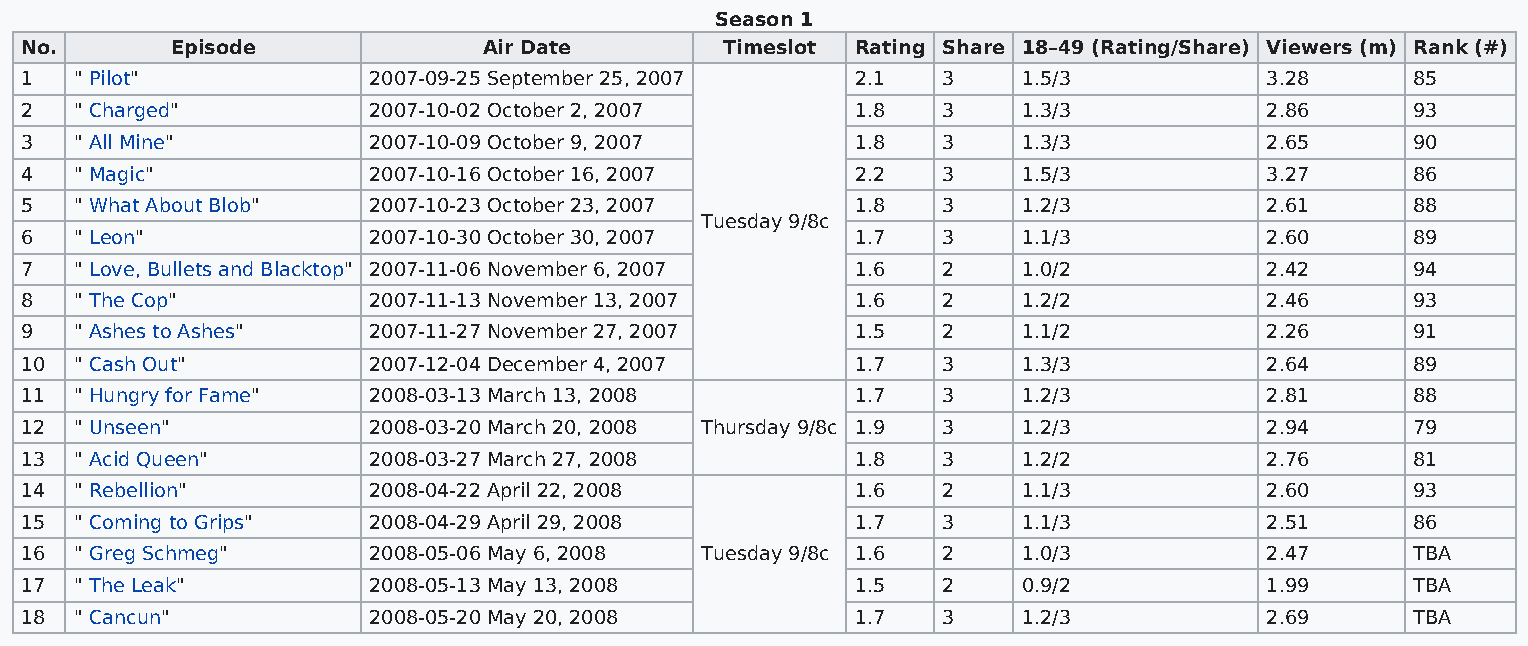
Season 1
 No.       Episode              Air Date        Timeslot Rating Share 18–49 (Rating/Share) Viewers (m) Rank (#)
 1   " Pilot"           2007-09-25 September 25, 2007    2.1  3     1.5/3           3.28      85
 2   " Charged"         2007-10-02 October 2, 2007       1.8  3     1.3/3           2.86      93
 3   " All Mine"        2007-10-09 October 9, 2007       1.8  3     1.3/3           2.65      90
 4   " Magic"           2007-10-16 October 16, 2007      2.2  3     1.5/3           3.27      86
 5   " What About Blob" 2007-10-23 October 23, 2007      1.8  3     1.2/3           2.61      88
 Tuesday 9/8c
 6   " Leon"            2007-10-30 October 30, 2007      1.7  3     1.1/3           2.60      89
 7   " Love, Bullets and Blacktop" 2007-11-06 November 6, 2007 1.6 2 1.0/2          2.42      94
 8   " The Cop"         2007-11-13 November 13, 2007     1.6  2     1.2/2           2.46      93
 9   " Ashes to Ashes"  2007-11-27 November 27, 2007     1.5  2     1.1/2           2.26      91
 10  " Cash Out"        2007-12-04 December 4, 2007      1.7  3     1.3/3           2.64      89
 11  " Hungry for Fame" 2008-03-13 March 13, 2008        1.7  3     1.2/3           2.81      88
 12  " Unseen"          2008-03-20 March 20, 2008 Thursday 9/8c 1.9 3 1.2/3         2.94      79
 13  " Acid Queen"      2008-03-27 March 27, 2008        1.8  3     1.2/2           2.76      81
 14  " Rebellion"       2008-04-22 April 22, 2008        1.6  2     1.1/3           2.60      93
 15  " Coming to Grips" 2008-04-29 April 29, 2008        1.7  3     1.1/3           2.51      86
 16  " Greg Schmeg"     2008-05-06 May 6, 2008 Tuesday 9/8c 1.6 2   1.0/3           2.47      TBA
 17  " The Leak"        2008-05-13 May 13, 2008          1.5  2     0.9/2           1.99      TBA
 18  " Cancun"          2008-05-20 May 20, 2008          1.7  3     1.2/3           2.69      TBA